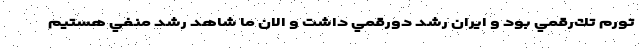
تورم تك‌رقمي بود و ايران رشد دورقمي داشت و الان ما شاهد رشد منفي هستيم